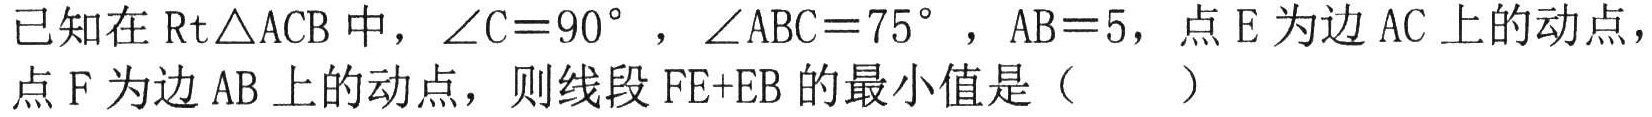
已知在\(\text{Rt}\triangle ACB\)中，\(\angle C = 90^{\circ}\)，\(\angle ABC = 75^{\circ}\)，\(AB = 5\)，点\(E\)为边\(AC\)上的动点，点\(F\)为边\(AB\)上的动点，则线段\(FE + EB\)的最小值是（  ）